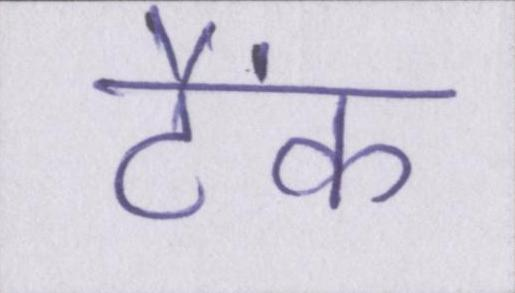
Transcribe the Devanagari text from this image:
टैंक